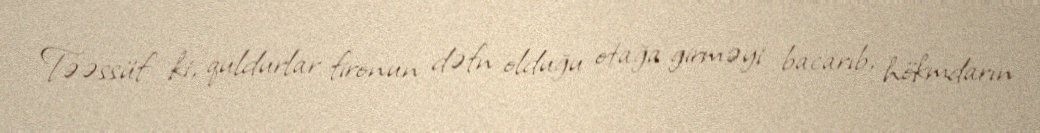
Təəssüf ki, quldurlar fironun dəfn olduğu otağa girməyi bacarıb, hökmdarın